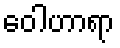
ဝေါဟာရာ